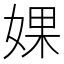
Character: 婐